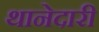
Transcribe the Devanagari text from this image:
थानेदारी